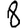
Digit: 8